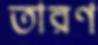
তারণ